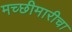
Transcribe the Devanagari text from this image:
मच्छीमारीचा